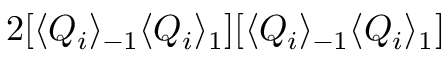
2 [ \langle Q _ { i } \rangle _ { - 1 } \langle Q _ { i } \rangle _ { 1 } ] [ \langle Q _ { i } \rangle _ { - 1 } \langle Q _ { i } \rangle _ { 1 } ]